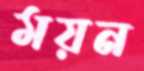
ময়ন